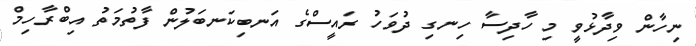
ނިހާން ވިދާޅުވީ މި ހާދިސާ ހިނގި ދުވަހު ރައީސްގެ އަނބިކަނބަލުން ފާތުމަތު އިބްރާހިމް